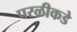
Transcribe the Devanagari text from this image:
परळीकडे